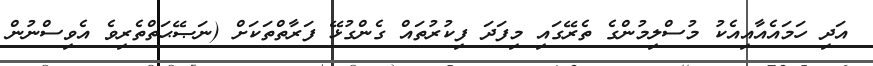
އަދި ހަމައެއާއިއެކު މުސްލިމުންގެ ތެރޭގައި މިފަދަ ފިކުރުތައް ގެންގުޅޭ ފަރާތްތަކަށް (ނަޞޭޙަތްތެރިވެ އެވިސްނުން